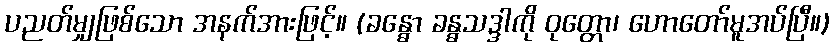
ပညတ်မျှဖြစ်သော အနက်အားဖြင့်။ (ခန္ဓော ခန္ဓသဒ္ဒါကို ဝုတ္တော၊ ဟောတော်မူအပ်ပြီ။)